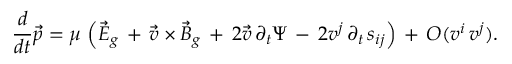
\frac { d } { d t } \vec { p } = \mu \, \left( \vec { E } _ { g } \, + \, \vec { v } \times \vec { B } _ { g } \, + \, 2 \vec { v } \, \partial _ { t } \Psi \, - \, 2 v ^ { j } \, \partial _ { t } \, s _ { i j } \right) \, + \, { \cal O } ( v ^ { i } \, v ^ { j } ) .